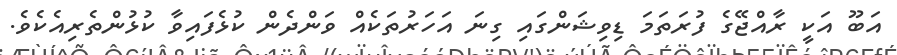
އަބޫ އަކީ ރާއްޖޭގެ ފުރަތަމަ ޑިވިޝަންގައި ގިނަ އަހަރުތަކެއް ވަންދެން ކުޅެފައިވާ ކުޅުންތެރިއެކެވެ.